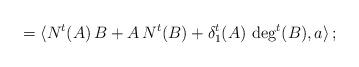
LaTeX: \begin{align*}= \langle N^t (A) \, B + A \, N^t (B) + \delta_1^t (A) \, \deg^t (B) , a \rangle \, ;\end{align*}